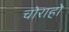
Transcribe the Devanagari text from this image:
चोराहो